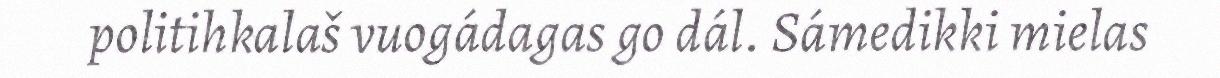
politihkalaš vuogádagas go dál. Sámedikki mielas